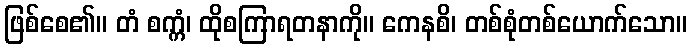
ဖြစ်စေ၏။ တံ စက္ကံ၊ ထိုစကြာရတနာကို။ ကေနစိ၊ တစ်စုံတစ်ယောက်သော။